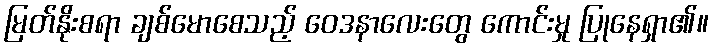
မြတ်နိုးစရာ ချစ်မောစေသည့် ဝေဒနာလေးတွေ ကောင်းမှု ပြုနေရှာ၏။